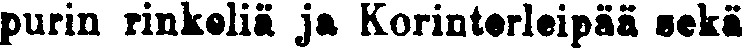
purin rinkeliä ja Korinterleipää sekä